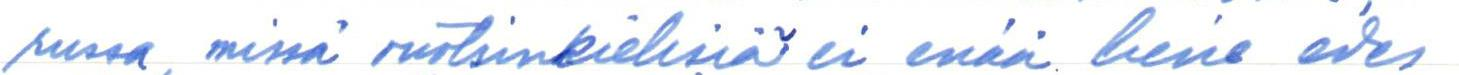
russa, missä ruotsinkielisiä ei enää liene edes